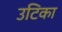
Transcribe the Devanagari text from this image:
उटिका